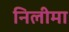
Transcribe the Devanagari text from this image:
निलीमा